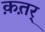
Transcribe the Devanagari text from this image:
क़त़र्